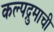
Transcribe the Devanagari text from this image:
कल्पद्रुमाची